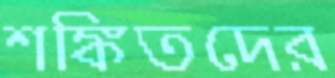
শঙ্কিতদের